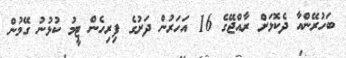
ބަހުރޭންއާ ދެކޮޅަށް ރާއްޖޭގެ 16 އަހަރުން ދަށުގެ ފިރިހެން ޓީމު ކުޅުނު ގޭމުން